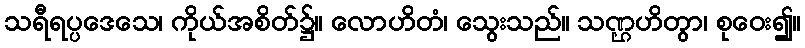
သရီရပ္ပဒေသေ၊ ကိုယ်အစိတ်၌။ လောဟိတံ၊ သွေးသည်။ သဏ္ဌဟိတွာ၊ စုဝေး၍။